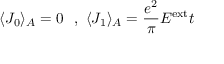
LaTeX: \langle J _ { 0 } \rangle _ { A } = 0 ~ ~ , ~ \langle J _ { 1 } \rangle _ { A } = \frac { e ^ { 2 } } { \pi } E ^ { \mathrm { e x t } } t